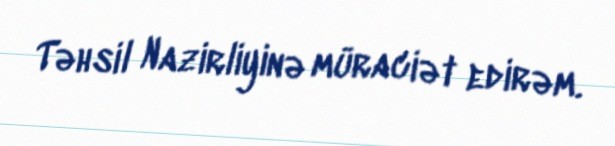
Təhsil Nazirliyinə müraciət edirəm.